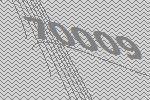
70009